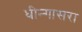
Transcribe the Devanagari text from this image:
धीन्गासरा